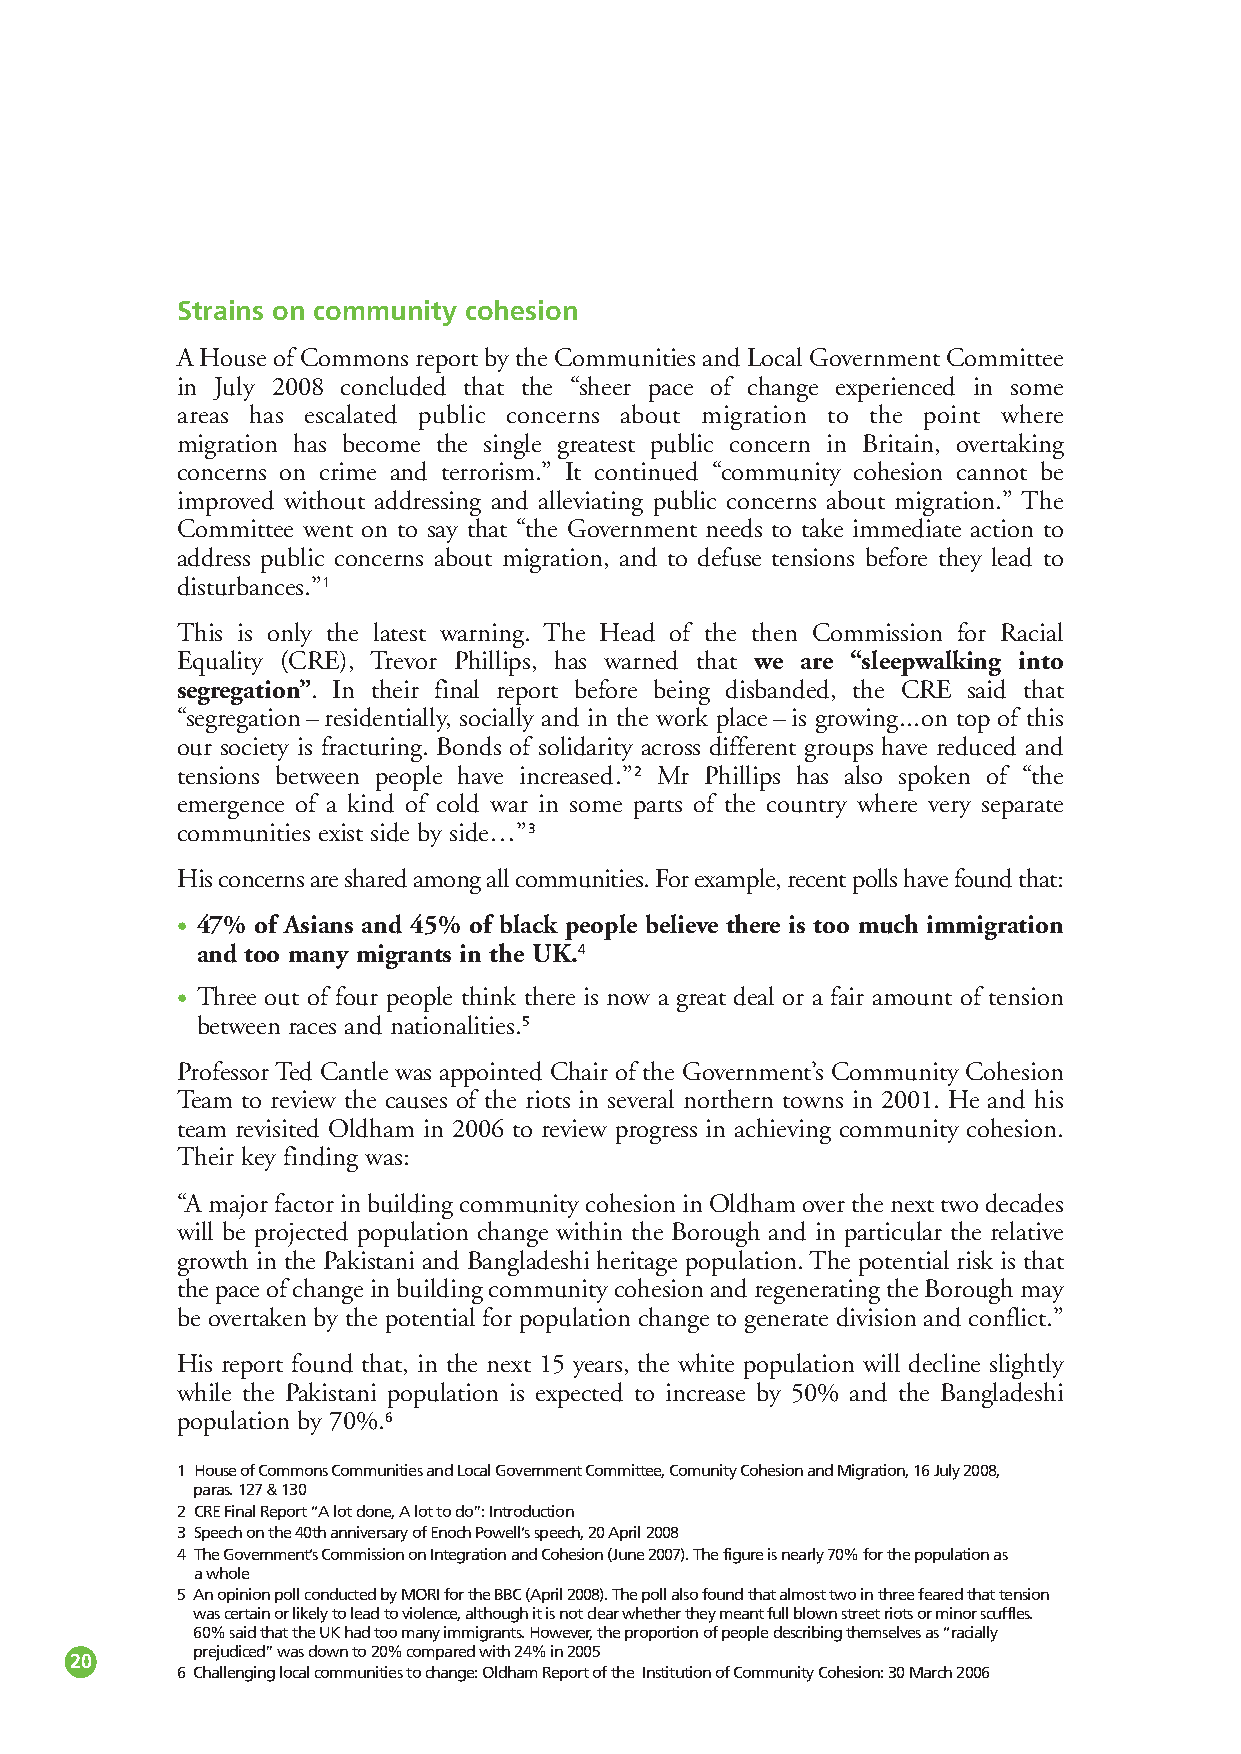
Strains on community cohesion
 A House of Commons report by the Communities and Local Government Committee
 in July 2008 concluded that the “sheer pace of change experienced in some
 areas has escalated public concerns about migration to the point where
 migration has become the single greatest public concern in Britain, overtaking
 concerns on crime and terrorism.” It continued “community cohesion cannot be
 improved without addressing and alleviating public concerns about migration.” The
 Committee went on to say that “the Government needs to take immediate action to
 address public concerns about migration, and to defuse tensions before they lead to
 disturbances.”1
 This is only the latest warning. The Head of the then Commission for Racial
 Equality (CRE), Trevor Phillips, has warned that we are “sleepwalking into
 segregation”. In their final report before being disbanded, the CRE said that
 “segregation–residentially, socially and in the work place–is growing...on top of this
 our society is fracturing. Bonds of solidarity across different groups have reduced and
 tensions between people have increased.”2 Mr Phillips has also spoken of “the
 emergence of a kind of cold war in some parts of the country where very separate
 communities exist side by side…”3
 His concerns are shared among all communities. For example, recent polls have found that:
 • 47% of Asians and 45% of black people believe there is too much immigration
 and too many migrants in the UK.4
 • Three out of four people think there is now a great deal or a fair amount of tension
 between races and nationalities.5
 Professor Ted Cantle was appointed Chair of the Government’s Community Cohesion
 Team to review the causes of the riots in several northern towns in 2001. He and his
 team revisited Oldham in 2006 to review progress in achieving community cohesion.
 Their key finding was:
 “A major factor in building community cohesion in Oldham over the next two decades
 will be projected population change within the Borough and in particular the relative
 growth in the Pakistani and Bangladeshi heritage population. The potential risk is that
 the pace of change in building community cohesion and regenerating the Borough may
 be overtaken by the potential for population change to generate division and conflict.”
 His report found that, in the next 15 years, the white population will decline slightly
 while the Pakistani population is expected to increase by 50% and the Bangladeshi
 population by 70%.6
 1 House of Commons Communities and Local Government Committee, Comunity Cohesion and Migration, 16 July 2008,
 paras. 127 & 130
 2 CREFinal Report “A lot done, A lot to do”: Introduction
 3 Speech on the 40th anniversary of Enoch Powell’s speech, 20 April 2008
 4 The Government’s Commission on Integration and Cohesion (June 2007). The figure is nearly 70% for the population as
 a whole
 5 An opinion poll conducted by MORI for the BBC(April 2008). The poll also found that almost two in three feared that tension
 was certain or likely to lead to violence, although it is not clear whether they meant full blown street riots or minor scuffles.
 60% said that the UK had too many immigrants. However, the proportion of people describing themselves as “racially
 prejudiced” was down to 20% compared with 24% in 2005
 20
 6 Challenging local communities to change: Oldham Report of the Institution of Community Cohesion: 30 March 2006